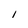
Character: I